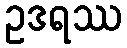
ဥဒရဿ